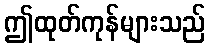
ဤထုတ်ကုန်များသည်